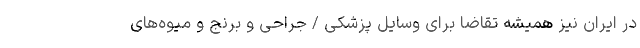
در ایران نیز همیشه تقاضا برای وسایل پزشکی / جراحی و برنج و میوه‌های